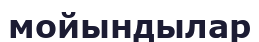
мойындылар